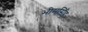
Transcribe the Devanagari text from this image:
भीमसिँह